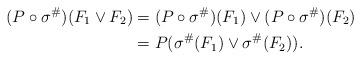
LaTeX: \begin{align*} (P \circ \sigma^{\#})(F_1 \vee F_2) &= (P \circ \sigma^{\#})(F_1) \vee (P \circ \sigma^{\#})(F_2)\\ &= P ( \sigma^{\#}(F_1) \vee \sigma^{\#}(F_2)).\end{align*}